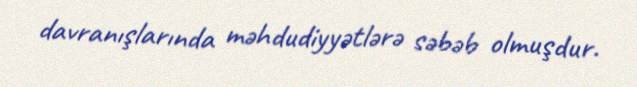
davranışlarında məhdudiyyətlərə səbəb olmuşdur.